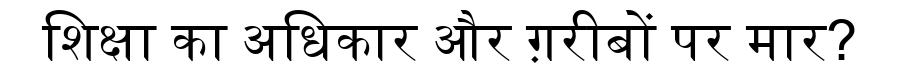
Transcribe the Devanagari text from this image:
शिक्षा का अधिकार और ग़रीबों पर मार?